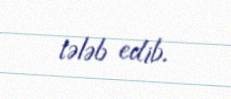
tələb edib.